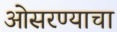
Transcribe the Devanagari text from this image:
ओसरण्याचा